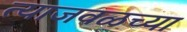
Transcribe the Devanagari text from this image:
त्याजवळच्या